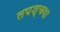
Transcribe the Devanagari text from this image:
तपश्चया